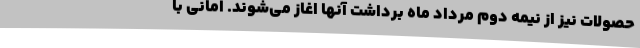
حصولات نیز از نیمه دوم مرداد ماه برداشت آنها اغاز می‌شوند. امانی با